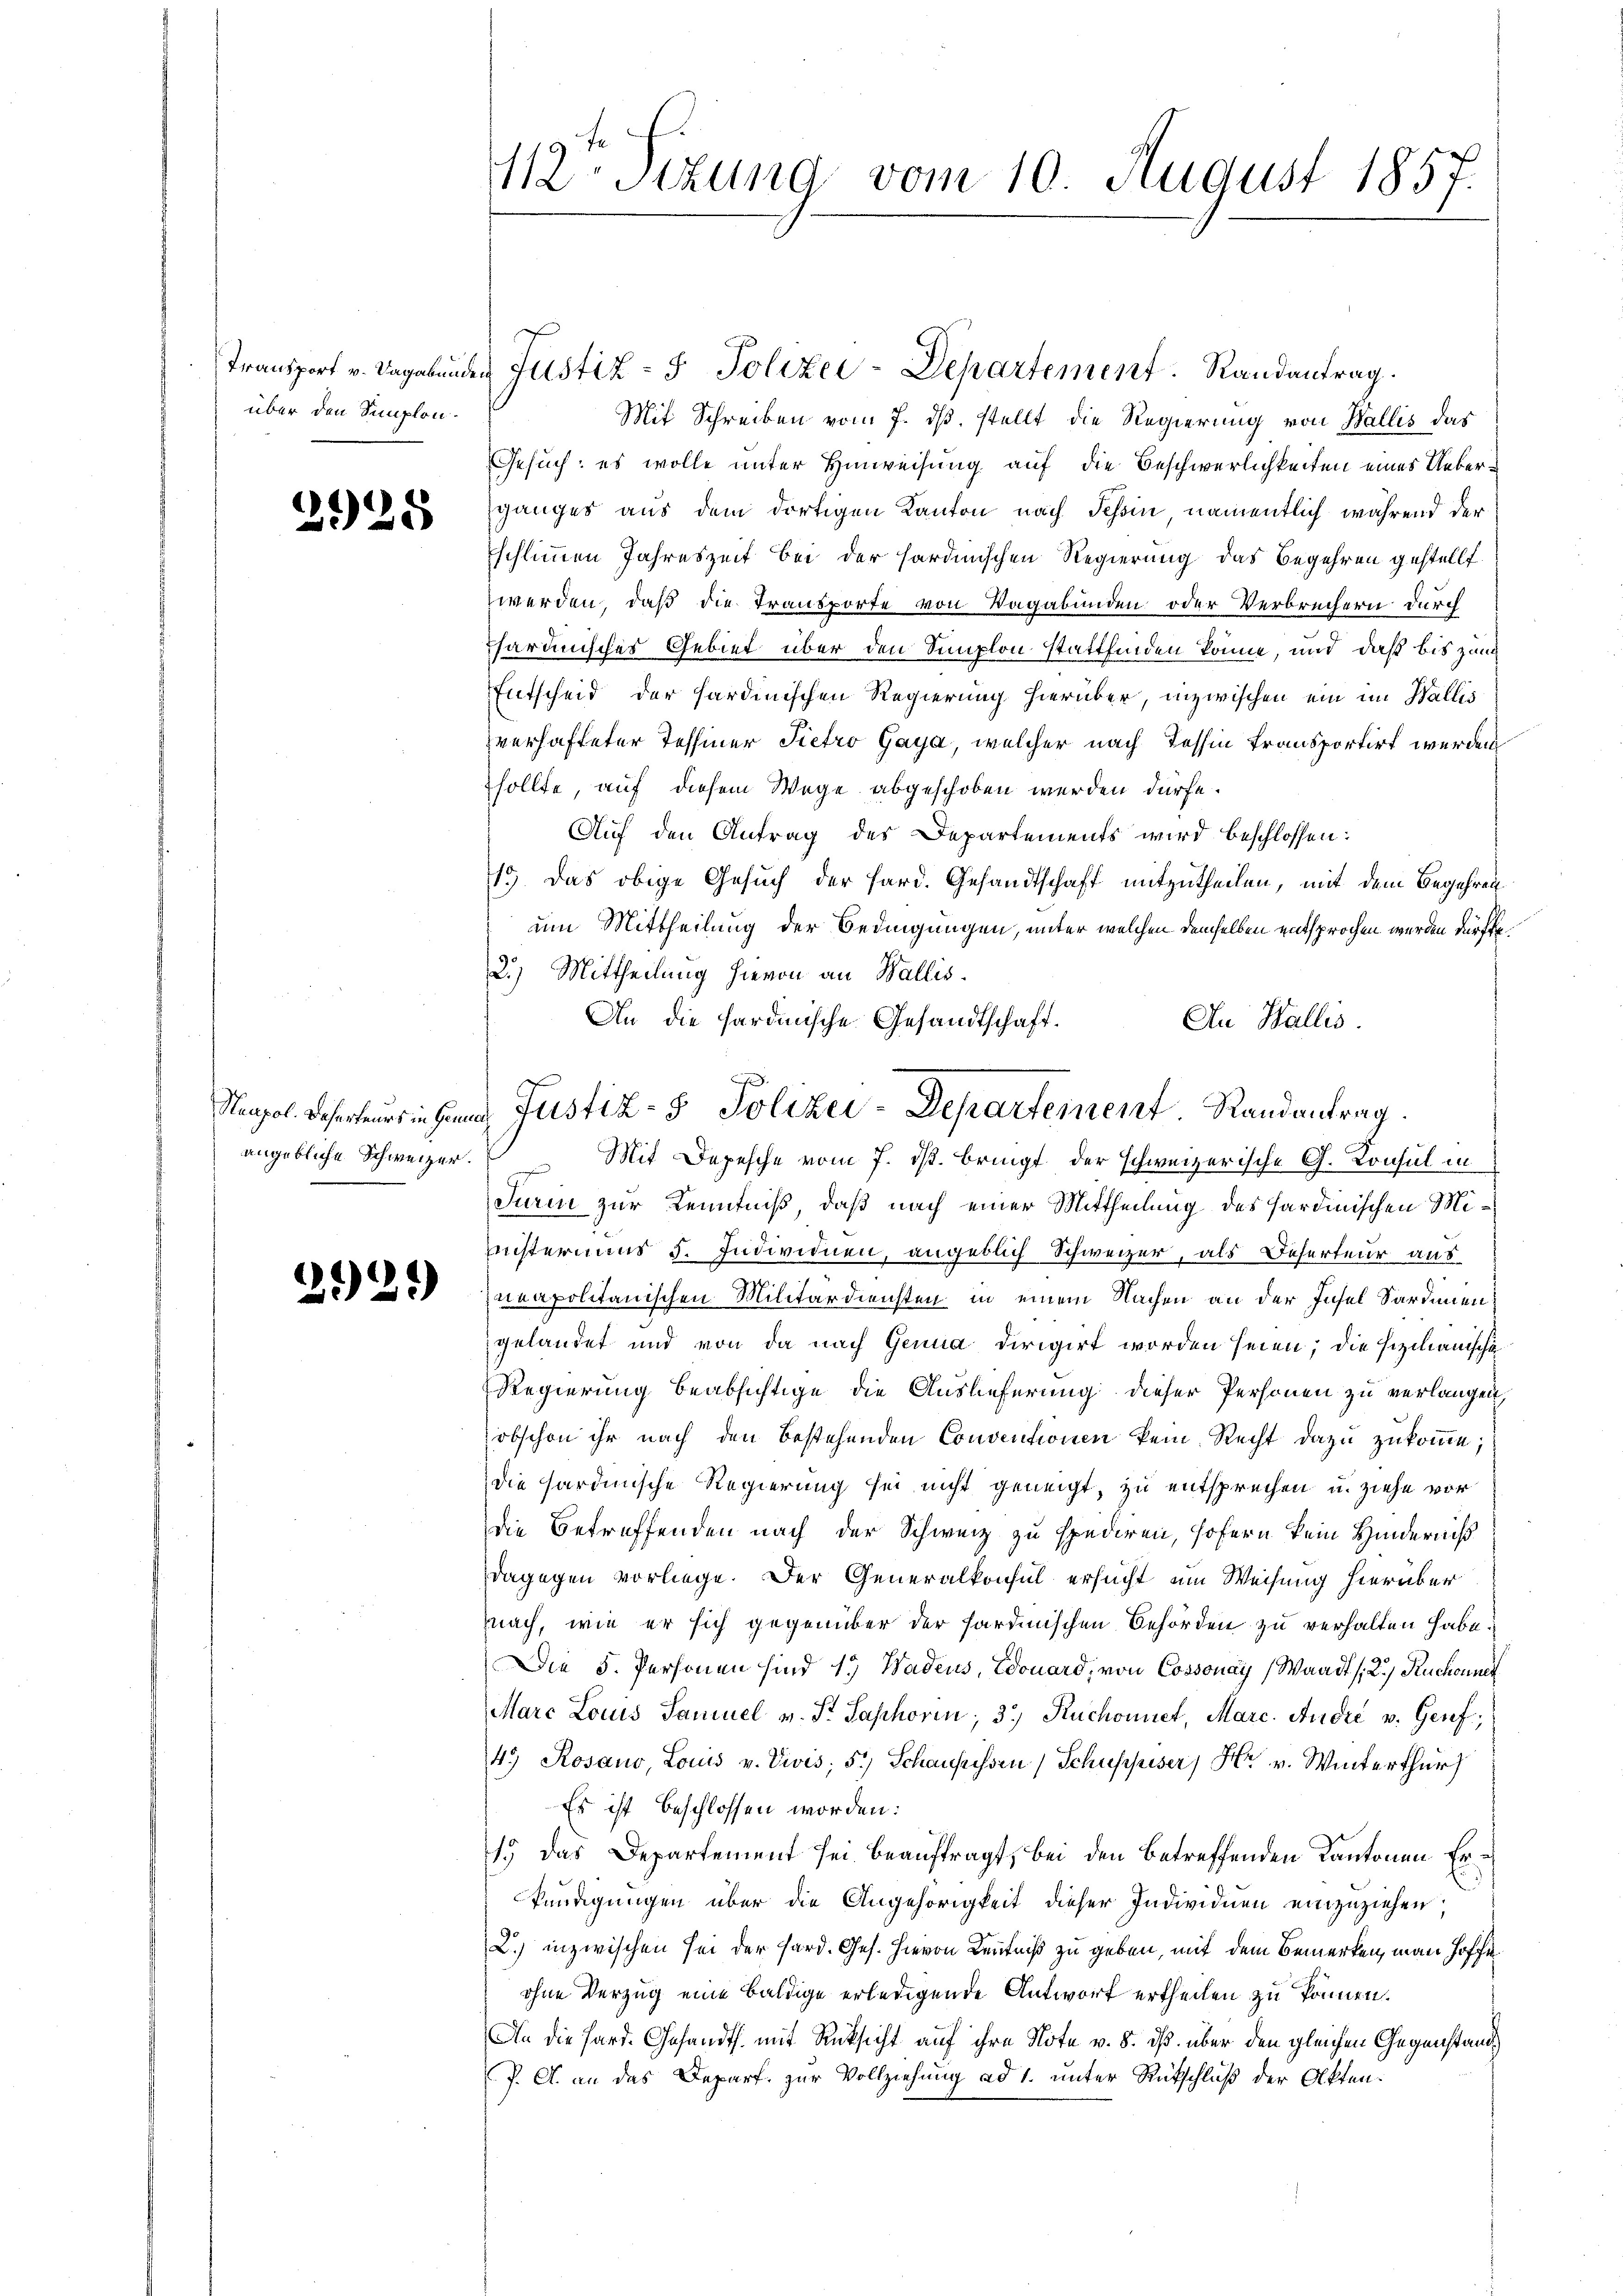
über den Semplon.

2925

angebliche Schweizer.

2921)

Transport v. Sagabunden Justiz- & Polizei-Departement. Randantrag.
Mit Schreiben vom 7. ds. stellt die Regierung von Wallis das
Gesuch: es wolle unter Hinweisung auf die Beschwerlichkeiten eines Uebersganges aus dem dortigen Kanton nach Tessin, namentlich während der
schlimmen Jahreszeit bei der sardinischen Regierung das Begehren gestellt.
werden, daß die Transporte von Vagabunden oder Verbrechern durch
fhardinisches Gebiet über den Simplon stattfinden könne, und daß bis zum
Entscheid der sardinischen Regierung hierüber, inzwischen ein im Wallis
verhafteter Tessiner Pietro Gaya, welcher nach Tessin transportirt werden
sollte, auf diesem Wege abgeschoben werden dürfe.
Auf den Antrag des Departements wird beschlossen:
13 das obige Gesuch der Hard. Gesandtschaft mitzutheilen, mit dem Begehren
um Mittheilung der Bedingungen, unter welchen demselben entsprochen werden dürfte.
2.) Mittheilung hievon an Wallis.
An die Sardinische Gesandtschaft.
An Wallis.
Mit Depesche vom 7. ds. bringt der schweizerische G. Konsul in
Turin zur Kenntniß, daß nach einer Mittheilung des Hardinischen Mi¬
Meisteriums 5. Individuen, angeblich Schweizer, als Deserteur aus
neapolitanischen Militärdiensten in einem Nachen an der Insel Sardiniengelandet und von da nach Genua dirigirt worden seien, die Fischanische
Regierung beabsichtige die Auslieferung dieser Personen zu verlangen,
obschon ihr nach den bestehenden Conventionen kein Recht dazu zukomme;
die hardinische Regierung sei nicht geneigt, zu entsprechen u. ziehe vor
die Betreffenden nach der Schweiz zu spediren, sofern kein Hinderniß
dagegen vorliege. Der Generalkonsul ersucht um Weisung hierüber
nach, wie er sich gegenüber der sardinischen Behörden zu verhalten habe.
Die 5. Personen sind 13 Wadeus, Edouard, von Cossonay (Waadt (2.) Ruchonne
Marc Louis Samuel v. St. Saphorin; 3. Ruchonnet, Marc. André v. Genf,
4. Rosano, Louis v. Vivis; 5) Schausissen Schuppiser, Hr. v. Winterthur
Es ist beschlossen worden:
1.) Das Departement sei beauftragt, bei den betreffenden Kantonen Erkündigungen über die Angehörigkeit dieser Individuen einzuziehen.
L.) inzwischen sei der Hard. Ges. hievon Kenntniß zu geben, mit dem Bemerken, man hoffeohne Verzug eine baldige erledigende Antwort ertheilen zu können.
An die Hard. Gesandts. mit Rücksicht auf ihre Note v. 8. ds. über den gleichen Gegenstand¬
P. A. an das Depart zur Vollziehung ad 1. unter Rütschluß der Olkten.

112 Stzung vom 10. August 1857.

Napol. Deserteur in gene Justiz- & Polizei-Departement Randantrag.